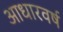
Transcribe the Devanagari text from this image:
आधारवर्ष